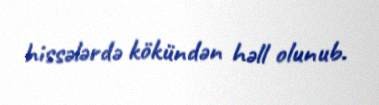
hissələrdə kökündən həll olunub.